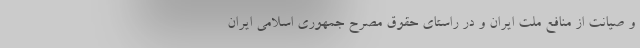
و صیانت از منافع ملت ایران و در راستای حقوق مصرح جمهوری اسلامی ایران